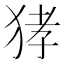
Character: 㹲